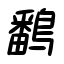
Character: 鷭